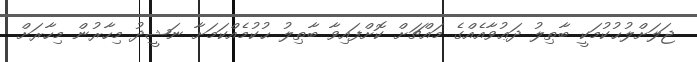
ޖަލަށްލުޙުކުމަކީ ބާޠިލު ދަޢުވާއެއްގެ މައްޗަށް ކޮށްފައިވާ ބާޠިލު ޙުކުމެއްކަމަށާ ނަޝީދު މިހާރުން މިހާރަށް